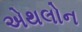
એથલોન